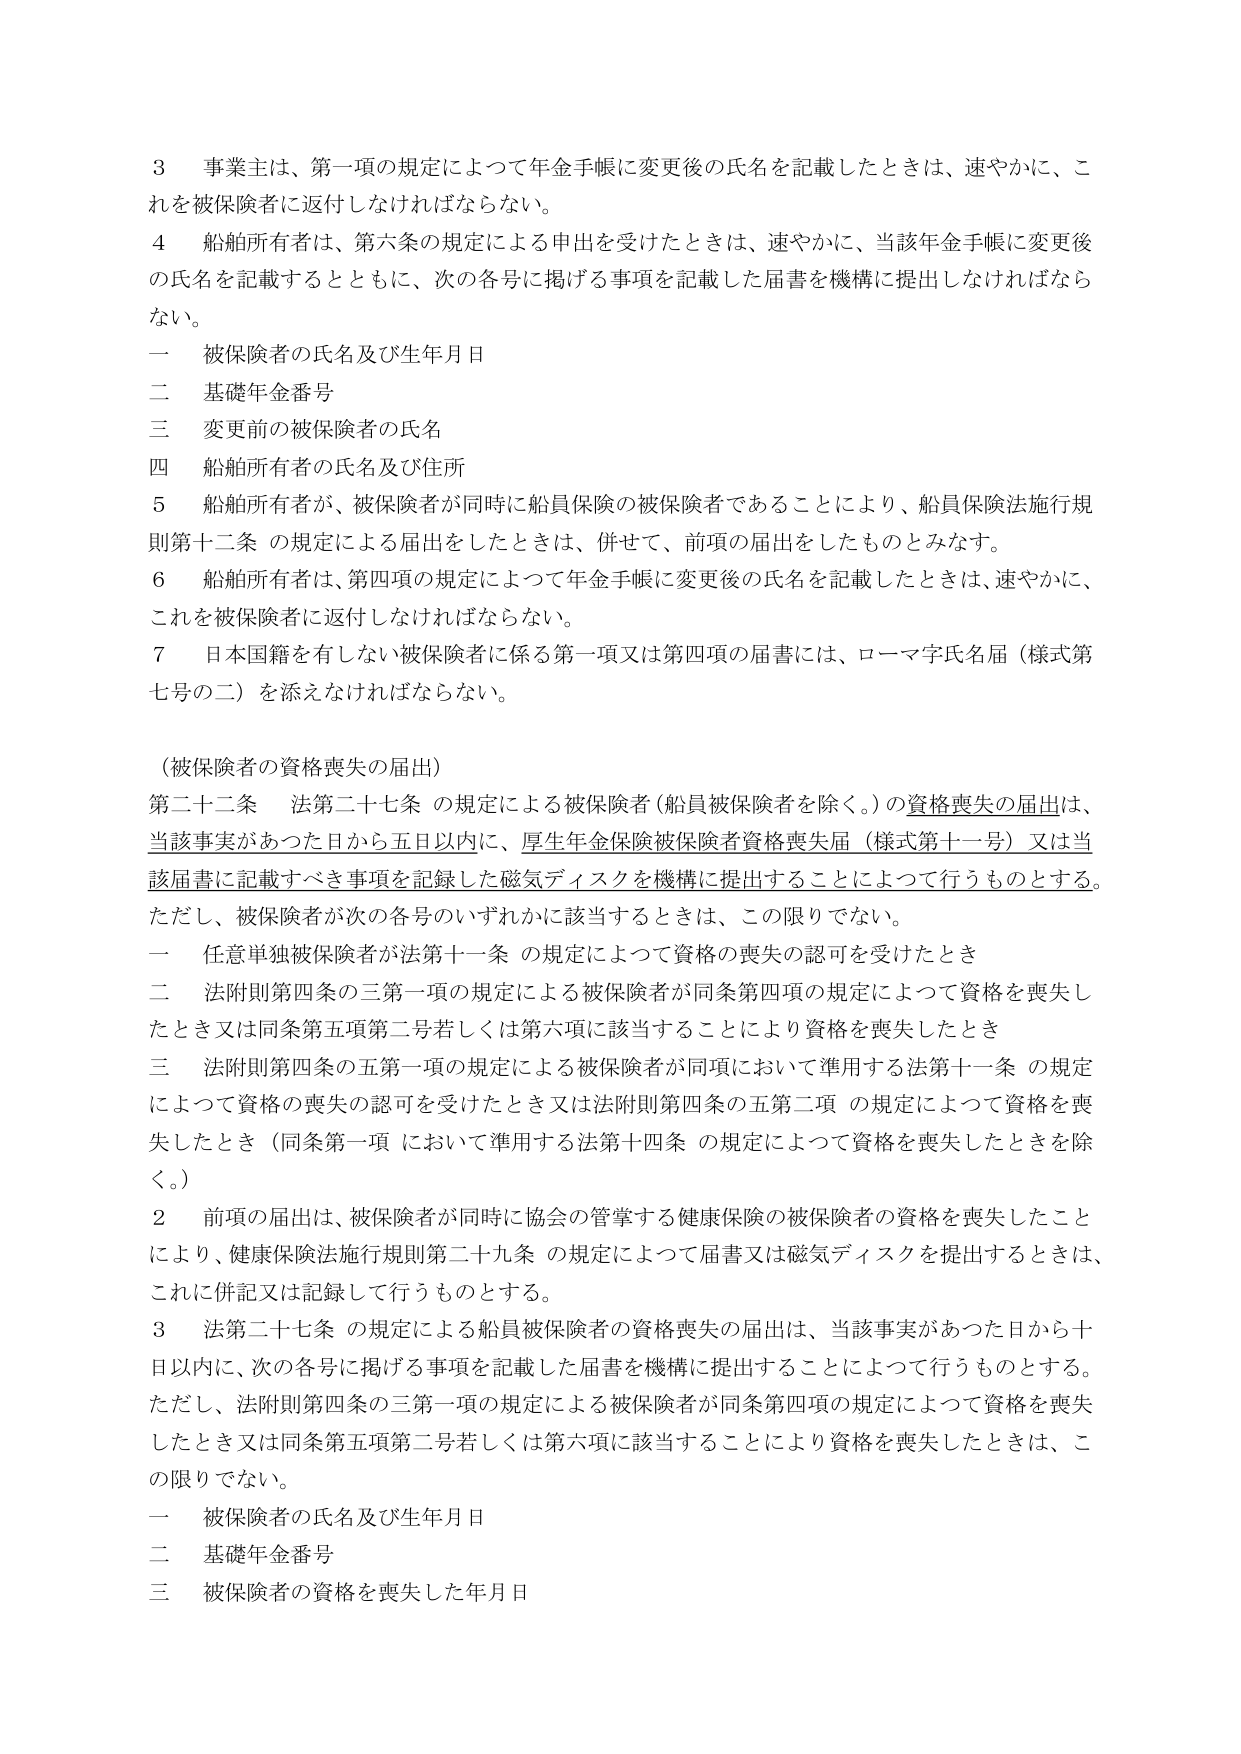
3 事業主は、第一項の規定によって年金手帳に変更後の氏名を記載したときは、速やかに、これを被保険者に返付しなければならない。

4 船舶所有者は、第六条の規定による申出を受けたときは、速やかに、当該年金手帳に変更後の氏名を記載するとともに、次の各号に掲げる事項を記載した届書を機構に提出しなければならない。

一 被保険者の氏名及び生年月日
二 基礎年金番号
三 変更前の被保険者の氏名
四 船舶所有者の氏名及び住所

5 船舶所有者が、被保険者が同時に船員保険の被保険者であることにより、船員保険法施行規則第十二条の規定による届出をしたときは、併せて、前項の届出をしたものとみなす。

6 船舶所有者は、第四項の規定によって年金手帳に変更後の氏名を記載したときは、速やかに、これを被保険者に返付しなければならない。

7 日本国籍を有しない被保険者に係る第一項又は第四項の届書には、ローマ字氏名届（様式第七号の二）を添えなければならない。

（被保険者の資格喪失の届出）

第二十二条 法第二十七条の規定による被保険者（船員被保険者を除く。）の資格喪失の届出は、当該事実があった日から五日以内に、厚生年金保険被保険者資格喪失届（様式第十一号）又は当該届書に記載すべき事項を記録した磁気ディスクを機構に提出することによって行うものとする。ただし、被保険者が次の各号のいずれかに該当するときは、この限りでない。

一 任意単独被保険者が法第十一条の規定によって資格の喪失の認可を受けたとき
二 法附則第四条の三第一項の規定による被保険者が同条第四項の規定によって資格を喪失したとき又は同条第五項第二号若しくは第六項に該当することにより資格を喪失したとき
三 法附則第四条の五第一項の規定による被保険者が同項において準用する法第十一条の規定によって資格の喪失の認可を受けたとき又は法附則第四条の五第二項の規定によって資格を喪失したとき（同条第一項において準用する法第十四条の規定によって資格を喪失したときを除く。）

2 前項の届出は、被保険者が同時に協会の管掌する健康保険の被保険者の資格を喪失したことにより、健康保険法施行規則第二十九条の規定によって届書又は磁気ディスクを提出するときは、これに併記又は記録して行うものとする。

3 法第二十七条の規定による船員被保険者の資格喪失の届出は、当該事実があった日から十日以内に、次の各号に掲げる事項を記載した届書を機構に提出することによって行うものとする。ただし、法附則第四条の三第一項の規定による被保険者が同条第四項の規定によって資格を喪失したとき又は同条第五項第二号若しくは第六項に該当することにより資格を喪失したときは、この限りでない。

一 被保険者の氏名及び生年月日
二 基礎年金番号
三 被保険者の資格を喪失した年月日